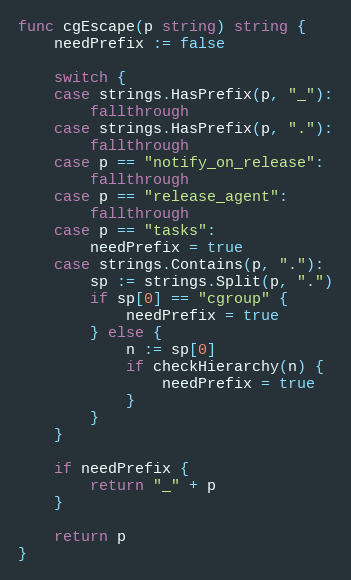
Language: Go
func cgEscape(p string) string {
	needPrefix := false

	switch {
	case strings.HasPrefix(p, "_"):
		fallthrough
	case strings.HasPrefix(p, "."):
		fallthrough
	case p == "notify_on_release":
		fallthrough
	case p == "release_agent":
		fallthrough
	case p == "tasks":
		needPrefix = true
	case strings.Contains(p, "."):
		sp := strings.Split(p, ".")
		if sp[0] == "cgroup" {
			needPrefix = true
		} else {
			n := sp[0]
			if checkHierarchy(n) {
				needPrefix = true
			}
		}
	}

	if needPrefix {
		return "_" + p
	}

	return p
}